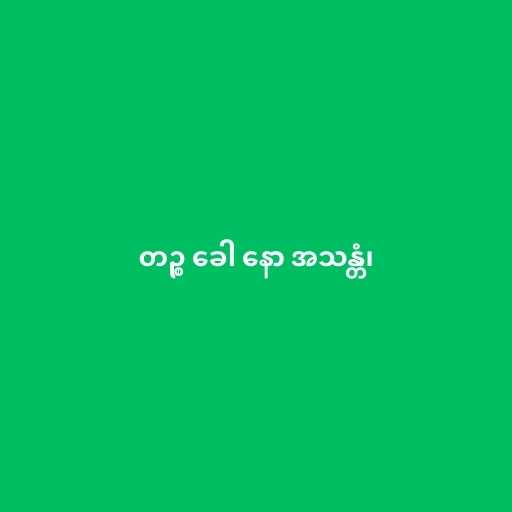
တဉ္စ ခေါ နော အသန္တံ၊